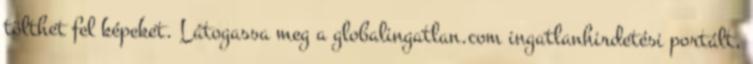
tölthet fel képeket. Látogassa meg a globalingatlan.com ingatlanhirdetési portált,